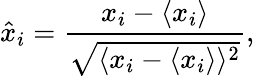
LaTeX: \hat{x}_{i}=\frac{x_{i}-\langle x_{i}\rangle}{\sqrt{\langle x_{i}-\langle x_{i}\rangle\rangle^{2}}},